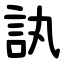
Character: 訙